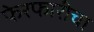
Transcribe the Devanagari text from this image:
फेरफारीचा